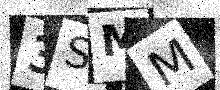
Text: 3SMM